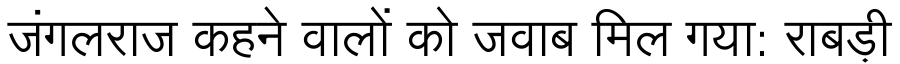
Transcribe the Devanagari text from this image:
जंगलराज कहने वालों को जवाब मिल गया: राबड़ी